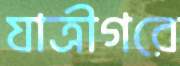
যাত্রীগরে